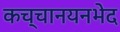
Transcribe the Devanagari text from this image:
कच्चानयनभेद